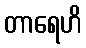
တာရေဟိ